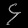
Digit: ၄